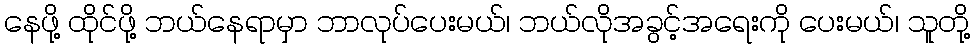
နေဖို့ ထိုင်ဖို့ ဘယ်နေရာမှာ ဘာလုပ်ပေးမယ်၊ ဘယ်လိုအခွင့်အရေးကို ပေးမယ်၊ သူတို့